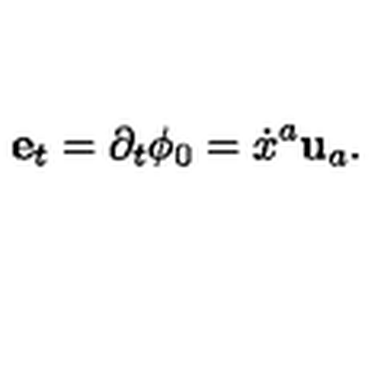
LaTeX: { \bf e } _ { t } = \partial _ { t } \phi _ { 0 } = \dot { x } ^ { a } { \bf u } _ { a } .